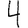
Digit: 4